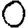
Digit: 0